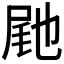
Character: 𭕟